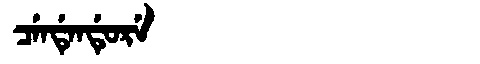
Manchu: ᠴᡝᠨᡩᡝᠨᡩᡠᡵᡝ
Romanization: CENDENDURE